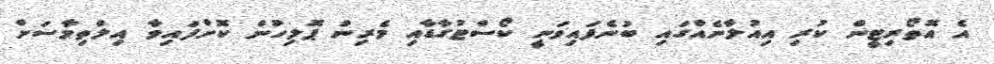
އެ އޮތޯރިޓީން ކުރި އިއުލާނެއްގައި ބުނެފައިވަނީ ކޯސްޓުގާޑާއި މެރިން ޕޮލިހުން ކޮށްފައިވާ އިލްތިމާސަށް